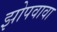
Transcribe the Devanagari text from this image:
झोपवावा